Scottish Leaving Certificate Examination, 1957
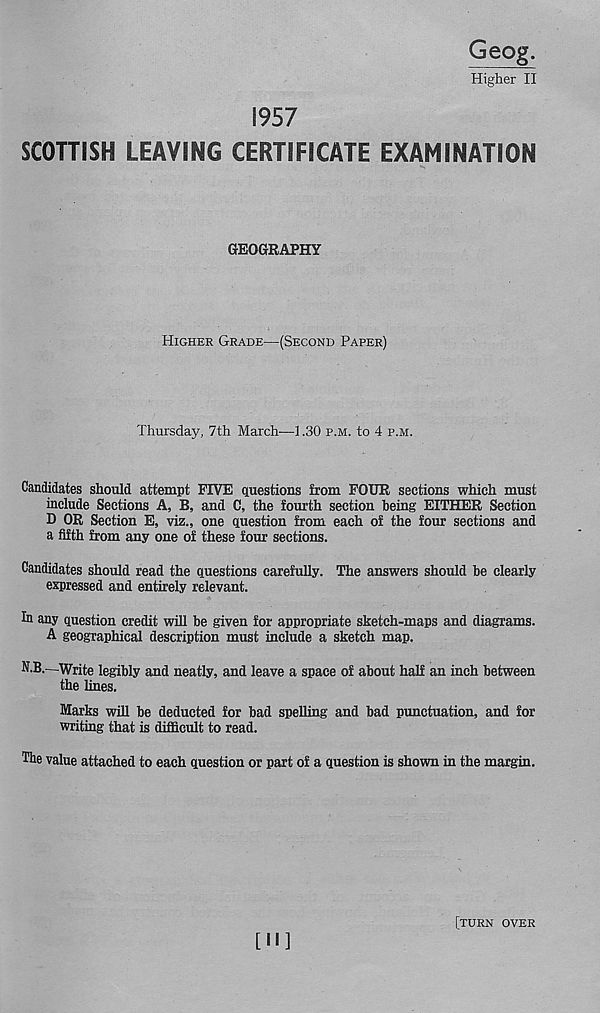
Geog.
Higher II
1957
SCOTTISH LEAVING CERTIFICATE EXAMINATION
GEOGRAPHY
Higher Grade—(Second Paper)
Thursday, 7th March—1.30 p.m. to 4 p.m.
Candidates should attempt FIVE questions from FOUR sections which must
include Sections A, B, and C, the fourth section being EITHER Section
D OR Section E, viz., one question from each of the four sections and
a fifth from any one of these four sections.
Candidates should read the questions carefully. The answers should be clearly
expressed and entirely relevant.
In any question credit will be given for appropriate sketch-maps and diagrams.
A geographical description must include a sketch map.
N.B.—Write legibly and neatly, and leave a space of about half an inch between
the lines.
Marks will be deducted for bad spelling and bad punctuation, and for
writing that is difficult to read.
The value attached to each question or part of a question is shown in the margin.
[H]
[turn over